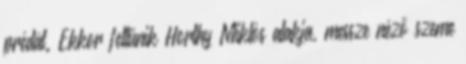
prédát. Ekkor feltűnik Horthy Miklós alakja, messze néző szeme